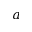
a